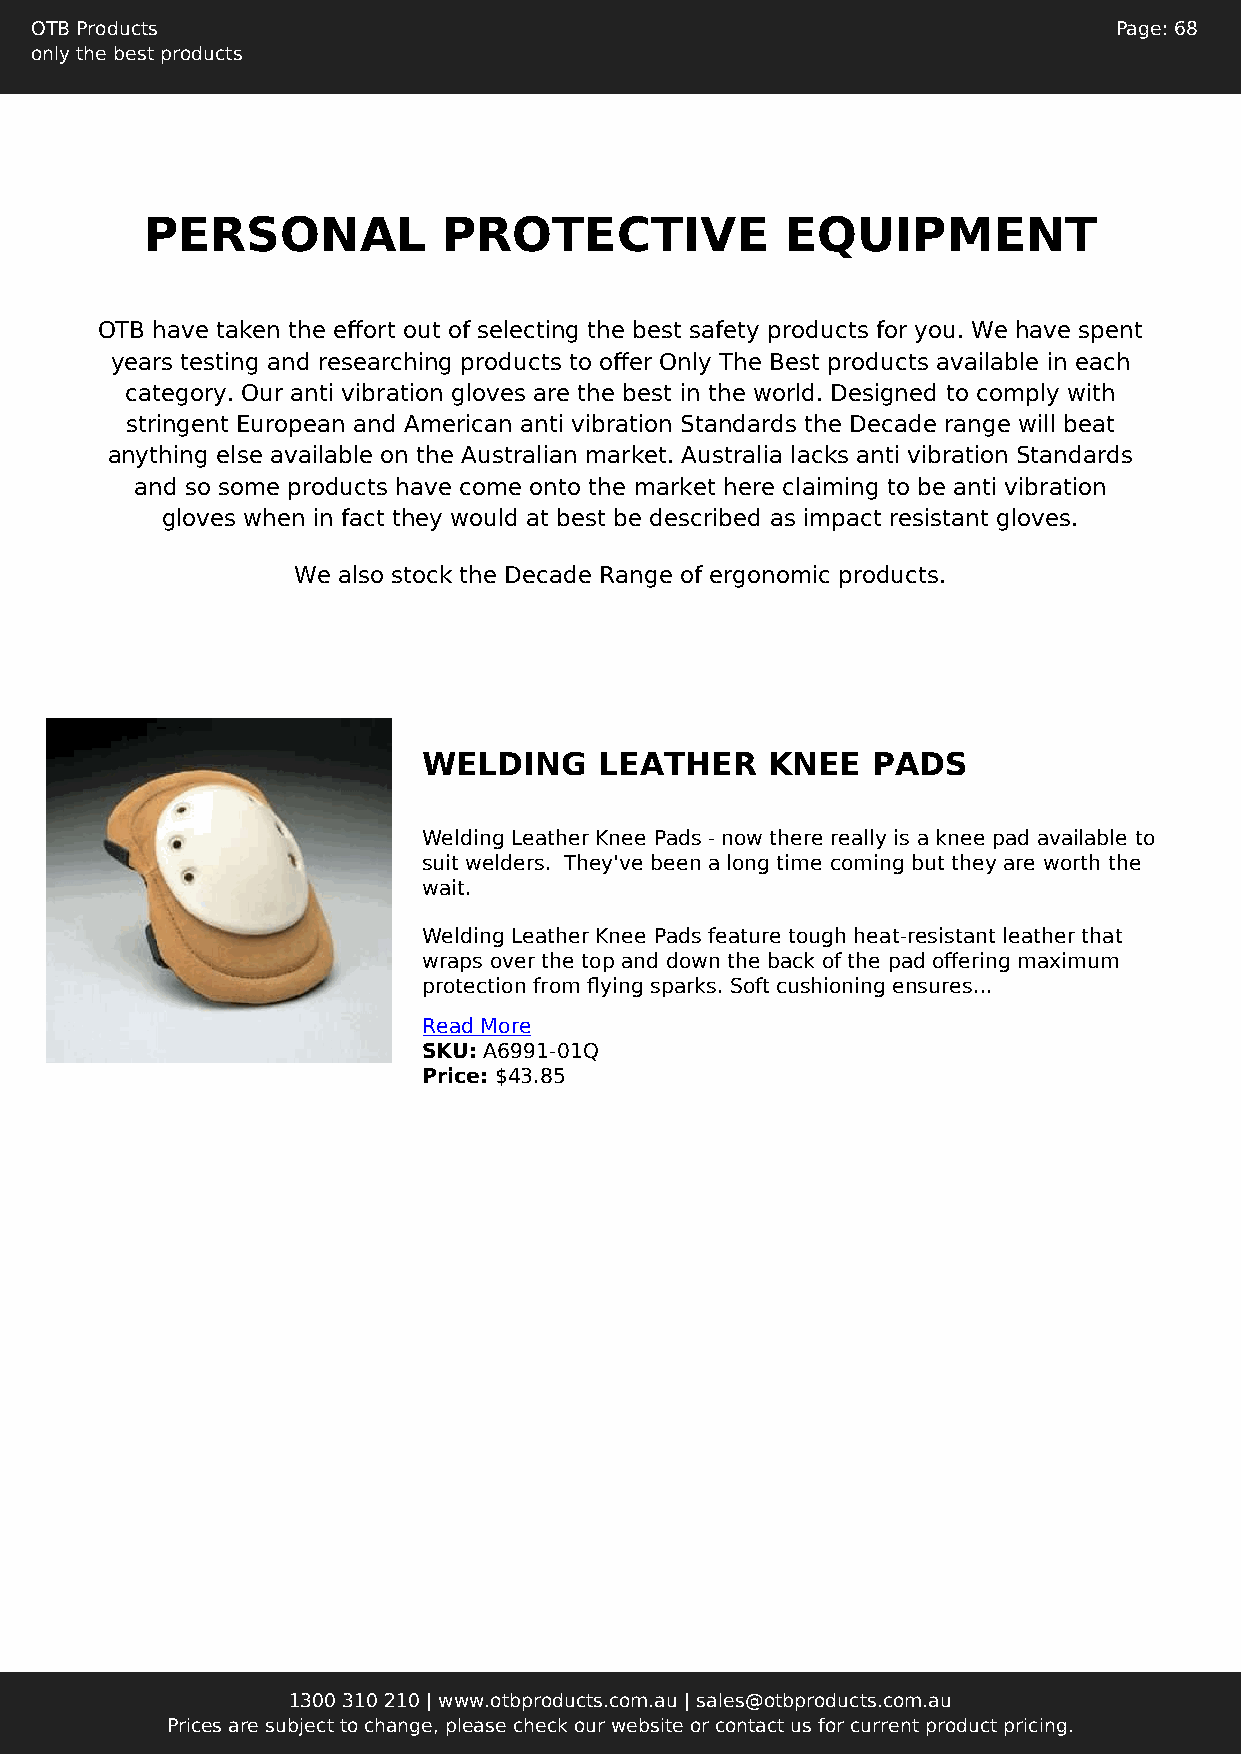
OTB Products                                                            Page: 68
 only the best products
 PERSONAL           PROTECTIVE             EQUIPMENT
 OTB have taken the effort out of selecting the best safety products for you. We have spent
 years testing and researching products to offer Only The Best products available in each
 category. Our anti vibration gloves are the best in the world. Designed to comply with
 stringent European and American anti vibration Standards the Decade range will beat
 anything else available on the Australian market. Australia lacks anti vibration Standards
 and so some products have come onto the market here claiming to be anti vibration
 gloves when in fact they would at best be described as impact resistant gloves.
 We also stock the Decade Range of ergonomic products.
 WELDING     LEATHER    KNEE   PADS
 Welding Leather Knee Pads - now there really is a knee pad available to
 suit welders. They've been a long time coming but they are worth the
 wait.
 Welding Leather Knee Pads feature tough heat-resistant leather that
 wraps over the top and down the back of the pad offering maximum
 protection from flying sparks. Soft cushioning ensures...
 Read More
 SKU: A6991-01Q
 Price: $43.85
 1300 310 210 | www.otbproducts.com.au | sales@otbproducts.com.au
 Prices are subject to change, please check our website or contact us for current product pricing.